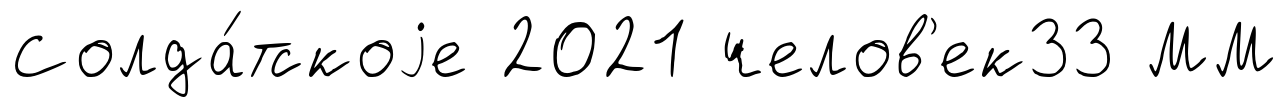
Солда́тскоjе 2021 челов'ек33 ММ